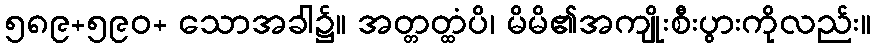
၅၈၉+၅၉၀+ သောအခါ၌။ အတ္တတ္ထံပိ၊ မိမိ၏အကျိုးစီးပွားကိုလည်း။